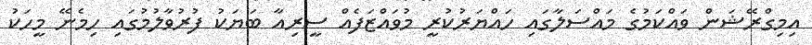
އިމިގްރޭޝަން ވައްކަމުގެ މައްސަލާގައި ހައްޔަރުކުރީ މުވައްޒަފެއް ސީރިއާ ބަޔަކު ފުރުވާލުމުގައި ހިމެނޭ މީހަކު